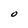
Character: O